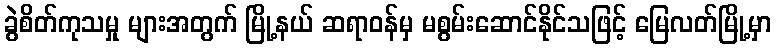
ခွဲစိတ်ကုသမှု များအတွက် မြို့နယ် ဆရာဝန်မှ မစွမ်းဆောင်နိုင်သဖြင့် မြေလတ်မြို့မှာ